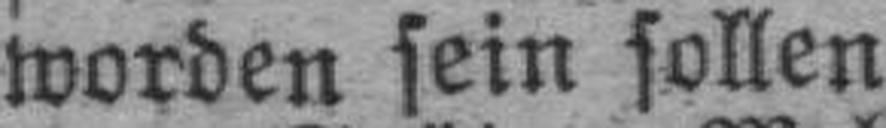
worden sein sollen